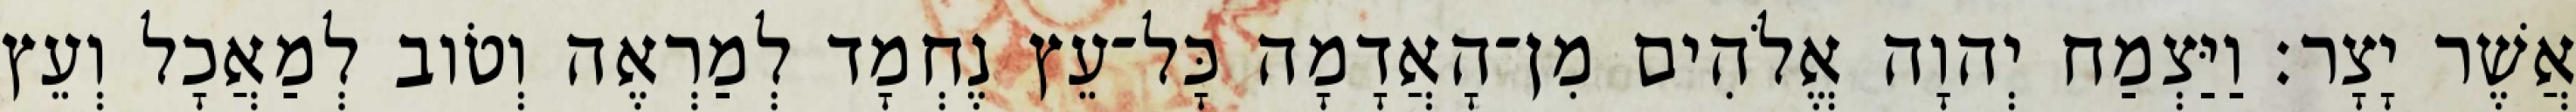
אֲשֶׁר יָצָר׃ וַיַּצְמַח יְהוָה אֱלֹהִים מִן־הָאֲדָמָה כָּל־עֵץ נֶחְמָד לְמַרְאֶה וְטֹוב לְמַאֲכָל וְעֵץ